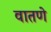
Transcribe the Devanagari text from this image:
वातणे